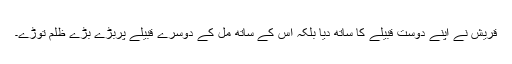
قریش نے اپنے دوست قبیلے کا ساتھ دیا بلکہ اس کے ساتھ مل کے دوسرے قبیلے پربڑے بڑے ظلم توڑے۔